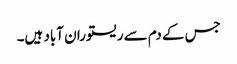
جس کے دم سے ریستوران آباد ہیں۔